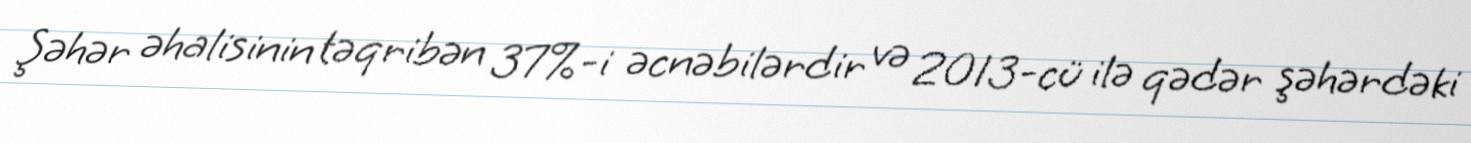
Şəhər əhalisinin təqribən 37%-i əcnəbilərdir və 2013-cü ilə qədər şəhərdəki